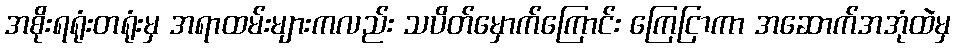
အစိုးရရုံးတရုံးမှ အရာထမ်းများကလည်း သပိတ်မှောက်ကြောင်း ကြေငြာကာ အဆောက်အအုံထဲမှ